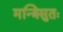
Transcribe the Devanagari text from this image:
मन्त्रिसुतः